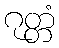
ဂုတ္တံ